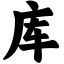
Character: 库